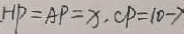
H P = A P = x , C P = 1 0 - 7